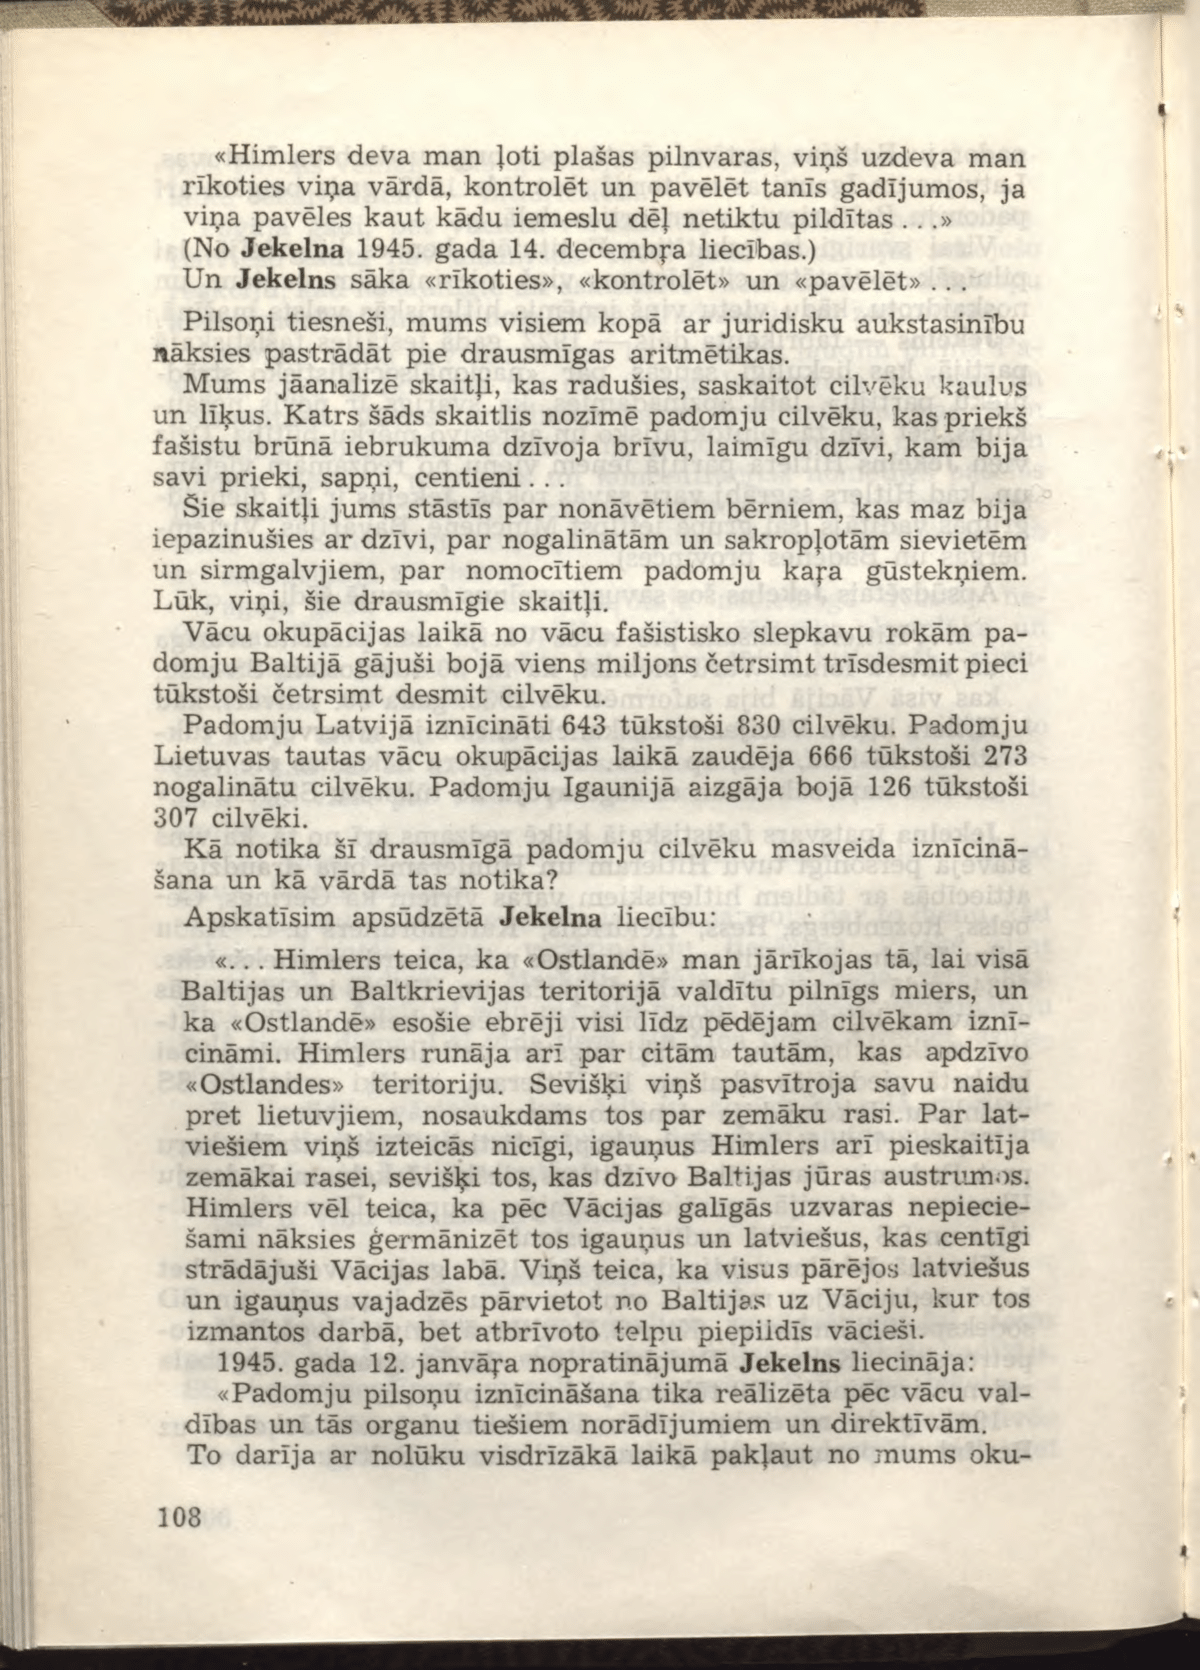
Language: lv